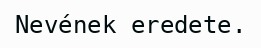
Nevének eredete.